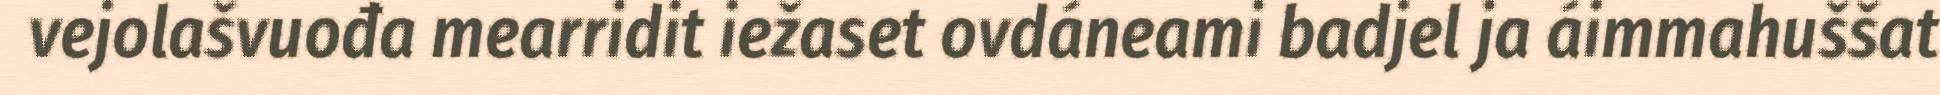
vejolašvuođa mearridit iežaset ovdáneami badjel ja áimmahuššat